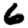
Digit: 6